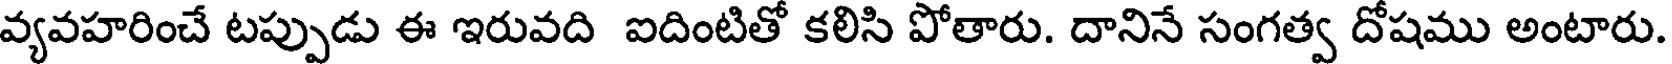
వ్యవహరించే టప్పుడు ఈ ఇరువది ఐదింటితో కలిసి పోతారు. దానినే సంగత్వ దోషము అంటారు.